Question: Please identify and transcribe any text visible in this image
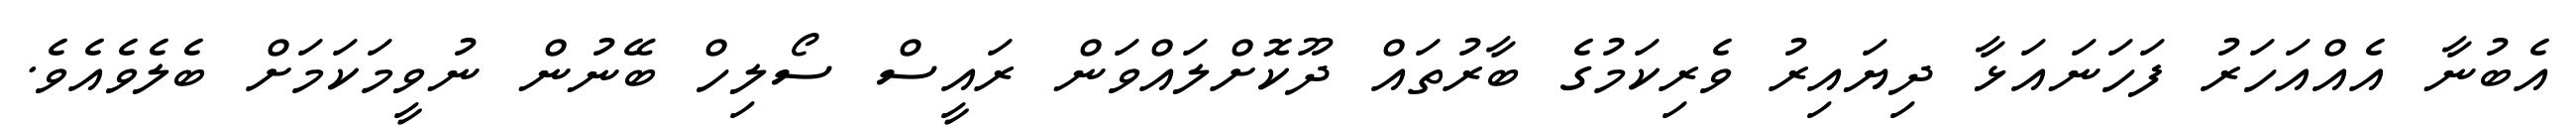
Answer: އެބުނާ އެއްއަހަރު ފަހަނައަޅާ ދިޔައިރު ވެރިކަމުގެ ބާރުތައް ދޫކޮށްލައްވަން ރައީސް ސޯލިހް ބޭނުން ނުވީމަކަމަށް ބެލެވެއެވެ.